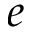
e